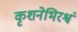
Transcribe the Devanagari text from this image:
कृशनेभिरश्वं